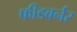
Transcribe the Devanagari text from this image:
फीडबर्नर